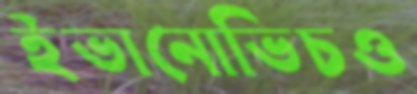
ইভানোভিচও